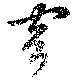
穹